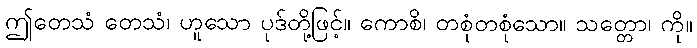
ဤတေသံ တေသံ၊ ဟူသော ပုဒ်တို့ဖြင့်။ ကောစိ၊ တစုံတစုံသော။ သတ္တော၊ ကို။